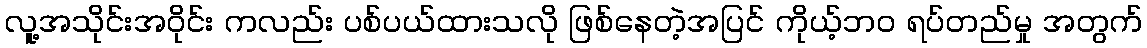
လူ့အသိုင်းအဝိုင်း ကလည်း ပစ်ပယ်ထားသလို ဖြစ်နေတဲ့အပြင် ကိုယ့်ဘဝ ရပ်တည်မှု အတွက်